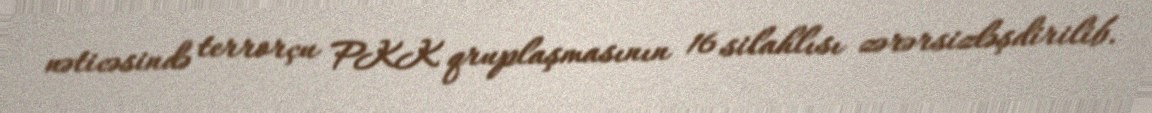
nəticəsində terrorçu PKK qruplaşmasının 16 silahlısı zərərsizləşdirilib.